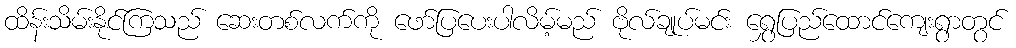
ထိန်းသိမ်းနိုင်ကြသည် ဆေးတစ်လက်ကို ဖော်ပြပေးပါလိမ့်မည် ဗိုလ်ချုပ်မင်း ရွှေပြည်ထောင်ကျေးရွာတွင်